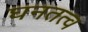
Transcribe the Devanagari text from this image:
घनतत्व